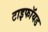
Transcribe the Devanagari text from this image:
टाइफॉयड